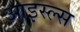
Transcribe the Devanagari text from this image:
आइस्ल्स